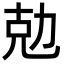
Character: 勊